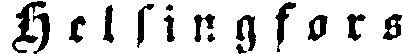
Helsingfors